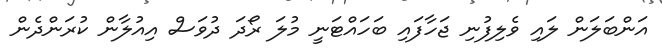
އަންބަލަން ލައި ވެލިފުނި ޖަހާފައި ބަހައްޓަނީ މުލަ ރޯދަ ދުވަސް އިއުލާން ކުރަންދެން